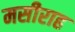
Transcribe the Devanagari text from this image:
मसीराह